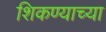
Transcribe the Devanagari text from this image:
शिकण्याच्‍या